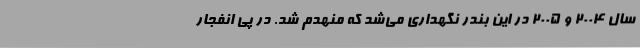
سال 2004 و 2005 در این بندر نگهداری می‌شد که منهدم شد. در پی انفجار